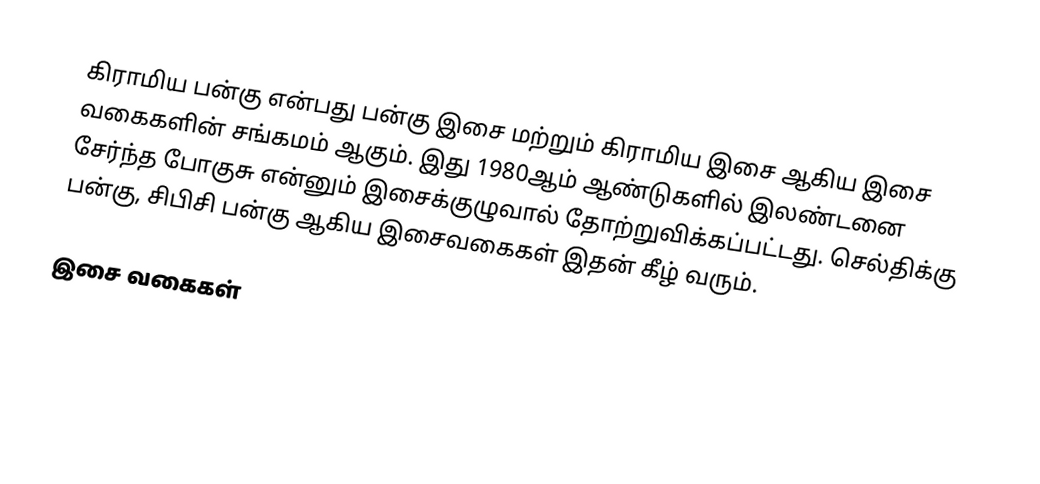
கிராமிய பன்கு என்பது பன்கு இசை மற்றும் கிராமிய இசை ஆகிய இசை வகைகளின் சங்கமம் ஆகும். இது 1980ஆம் ஆண்டுகளில் இலண்டனை சேர்ந்த போகுசு என்னும் இசைக்குழுவால் தோற்றுவிக்கப்பட்டது. செல்திக்கு பன்கு, சிபிசி பன்கு ஆகிய இசைவகைகள் இதன் கீழ் வரும்.

இசை வகைகள்